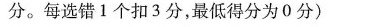
分。每选错1个扣3分，最低得分为0分)